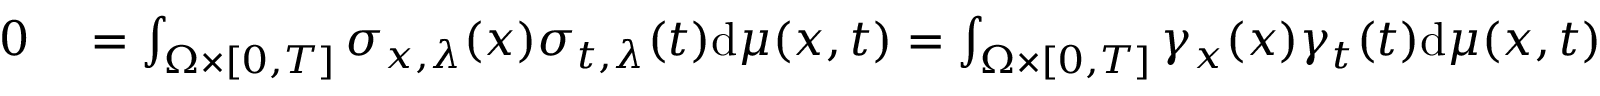
\begin{array} { r l } { 0 } & { { } = \int _ { \Omega \times [ 0 , T ] } \sigma _ { x , \lambda } ( \boldsymbol { x } ) \sigma _ { t , \lambda } ( t ) \mathrm { d } \mu ( \boldsymbol { x } , t ) = \int _ { \Omega \times [ 0 , T ] } \gamma _ { x } ( \boldsymbol { x } ) \gamma _ { t } ( t ) \mathrm { d } \mu ( \boldsymbol { x } , t ) } \end{array}